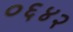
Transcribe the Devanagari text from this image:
०६४२